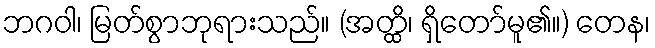
ဘဂဝါ၊ မြတ်စွာဘုရားသည်။ (အတ္ထိ၊ ရှိတော်မူ၏။) တေန၊